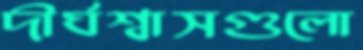
দীর্ঘশ্বাসগুলো